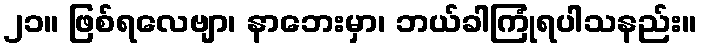
၂၁။ ဖြစ်ရလေဗျာ၊ နာဘေးမှာ၊ ဘယ်ခါကြုံရပါသနည်း။